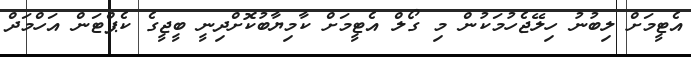
އެޓީމަށް ލިބުނު ހިލޭޖެހުމަކުން މި ގޯލް އެޓީމަށް ކާމިޔާބުކޮށްދިނީ ބީޖީގެ ކެޕްޓަން އަހްމަދް